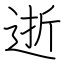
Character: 逝